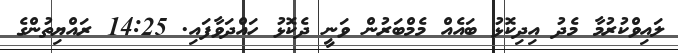
ލައިވްކުރުމާ މެދު އިދިކޮޅު ބައެއް މެމްބަރުން ވަނީ ދެކޮޅު ހައްދަވާފައި. 14:25 ރައްޔިތުންގެ